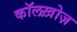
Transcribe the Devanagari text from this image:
कॉलख़ोज़